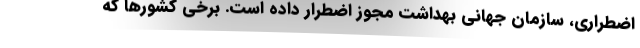
اضطراری، سازمان جهانی بهداشت مجوز اضطرار داده است. برخی کشورها که